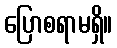
ပြောစရာမရှိ။